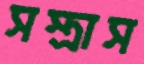
সস্ত্রাস